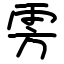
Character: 雱